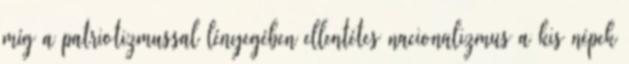
míg a patriotizmussal lényegében ellentétes nacionalizmus a kis népek